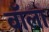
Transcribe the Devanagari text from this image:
वॉला